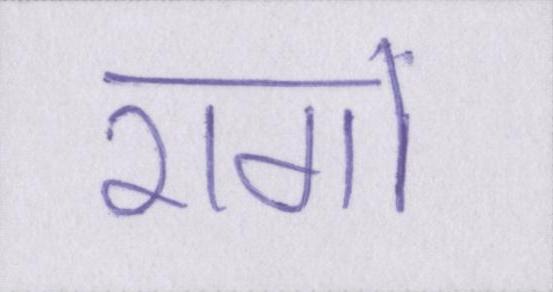
रागों